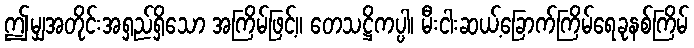
ဤမျှအတိုင်းအရှည်ရှိသော အကြိမ်ဖြင့်။ တေသဋ္ဌိကပ္ပါ၊ မီးငါးဆယ့်ခြောက်ကြိမ်ရေခုနစ်ကြိမ်